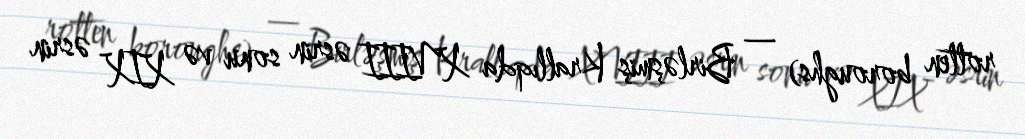
rotten boroughs) — Birləşmiş Krallıqda XVIII əsrin sonu və XIX əsrin